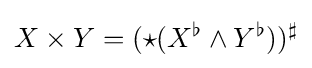
X\times Y=({\star }(X^{\flat }\wedge Y^{\flat }))^{\sharp }